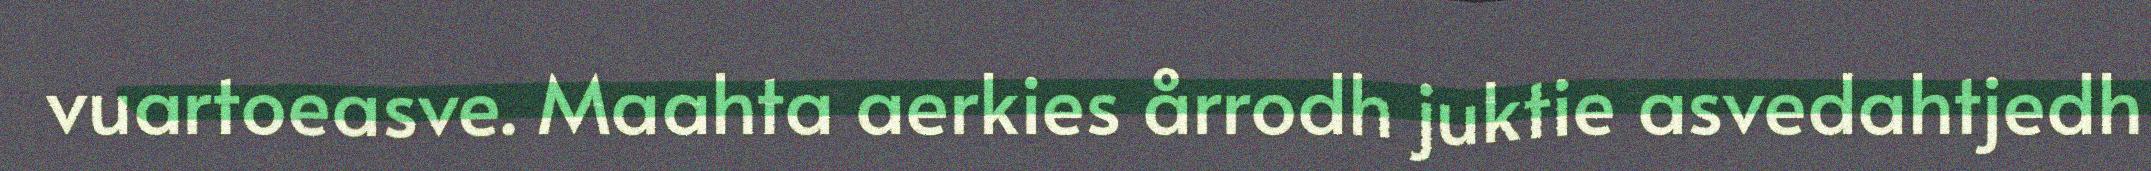
vuartoeasve. Maahta aerkies årrodh juktie asvedahtjedh